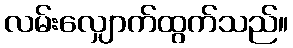
လမ်းလျှောက်ထွက်သည်။